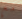
مع